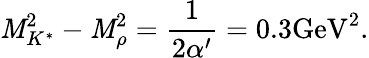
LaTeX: \mathit{M}_{K^{*}}^{2}-\mathit{M}_{\rho}^{2}=\frac{{1}}{{2\alpha^{\prime}}}=0.3\mathrm{{GeV}}^{2}.